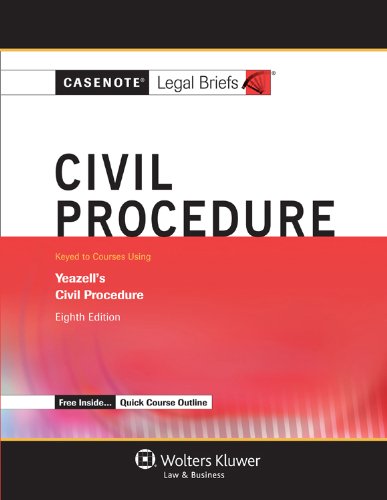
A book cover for Casenotes Legal Briefs: Civil Procedure Keyed to Yeazell, Eighth Edition (Casenote Legal Briefs); Casenotes; Law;